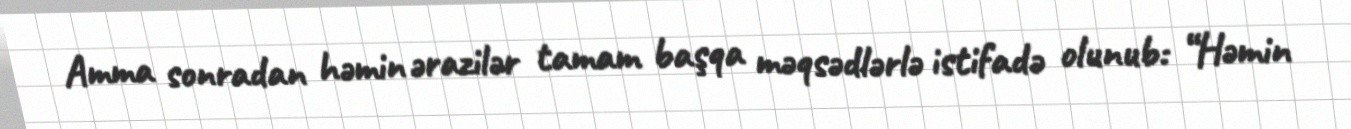
Amma sonradan həmin ərazilər tamam başqa məqsədlərlə istifadə olunub: “Həmin